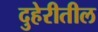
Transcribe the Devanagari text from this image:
दुहेरीतील